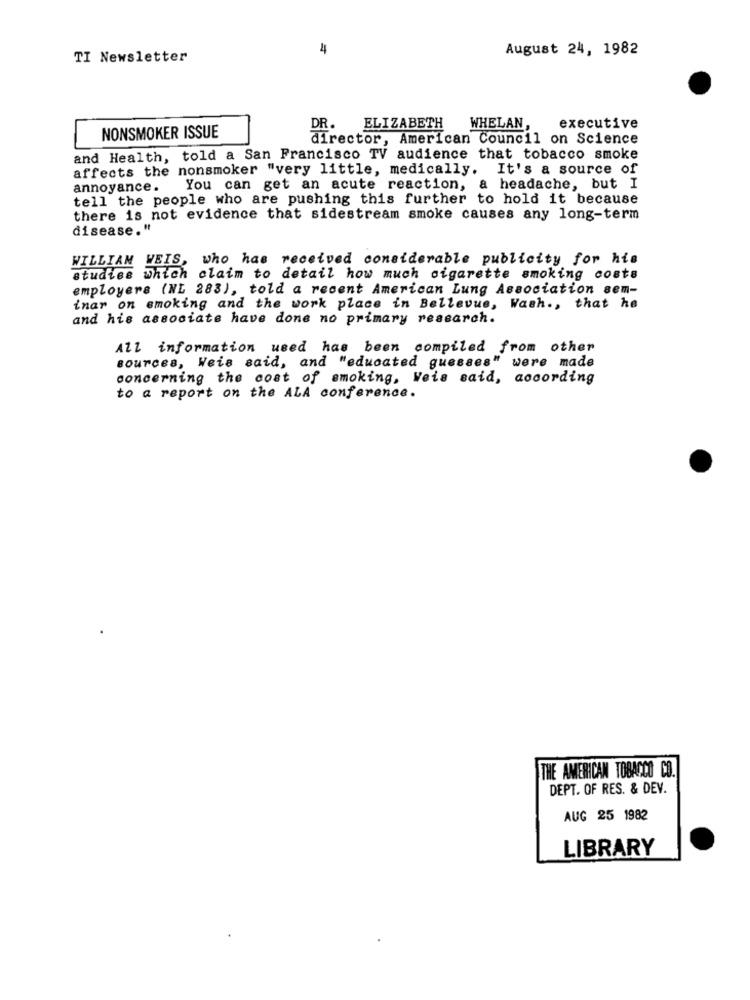
4
August 24, 1982
TI Newsletter
DR.
ELIZABETH
WHELAN,
executive
NONSMOKER ISSUE
director, American Council on Science
and Health, told a San Francisco TV audience that tobacco smoke
affects the nonsmoker "very little, medically. It's a source of
annoyance.
You can get an acute reaction, a headache, but I
tell the people who are pushing this further to hold it because
there is not evidence that sidestream smoke causes any long-term
disease."
WILLIAM WEIS, who has received considerable publicity for his
studies which claim to detail how much cigarette smoking costs
employers (NL 283), told a recent American Lung Association sem-
inar on smoking and the work place in Bellevue, Wash ., that he
and his associate have done no primary research.
All information used has been compiled from other
sources, Weis said, and "educated guesses" were made
concerning the cost of smoking, Weis said, according
to a report on the ALA conference.
THE AMERICAN TOBACCO CO.
DEPT. OF RES. & DEV.
AUG 25 1982
LIBRARY